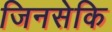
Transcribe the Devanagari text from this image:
जिनसेकि